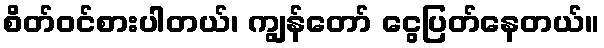
စိတ်ဝင်စားပါတယ်၊ ကျွန်တော် ငွေပြတ်နေတယ်။